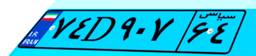
۵۷D۹۸۷۹۴